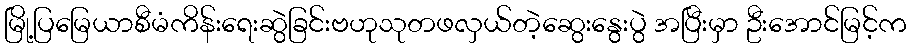
မြို့ပြမြေယာစီမံကိန်းရေးဆွဲခြင်းဗဟုသုတဖလှယ်တဲ့ဆွေးနွေးပွဲ အပြီးမှာ ဦးအောင်မြင့်က